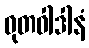
ဓုတဝါဒါနံ